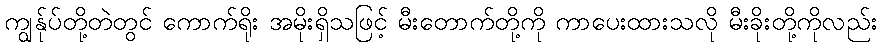
ကျွန်ုပ်တို့တဲတွင် ကောက်ရိုး အမိုးရှိသဖြင့် မီးတောက်တို့ကို ကာပေးထားသလို မီးခိုးတို့ကိုလည်း